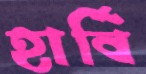
হার্বি